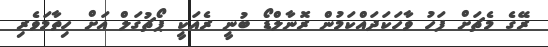
ރޭގެ މެޗަށް ފަހު ވާހަކަދައްކަމުން ރޮނާލްޑޯ ބުނީ ރެއަކީ ޕޯޗުގަލް އަށް ހިތާމަވެރި